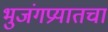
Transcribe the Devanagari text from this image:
भुजंगप्रयातचा